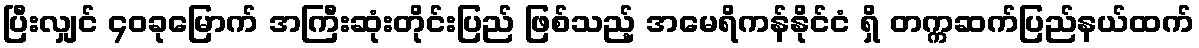
ပြီးလျှင် ၄၀ခုမြောက် အကြီးဆုံးတိုင်းပြည် ဖြစ်သည့် အမေရိကန်နိုင်ငံ ရှိ တက္ကဆက်ပြည်နယ်ထက်